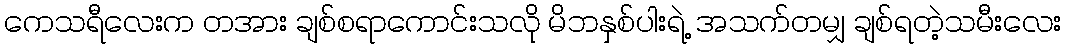
ကေသရီလေးက တအား ချစ်စရာကောင်းသလို မိဘနှစ်ပါးရဲ့ အသက်တမျှ ချစ်ရတဲ့သမီးလေး